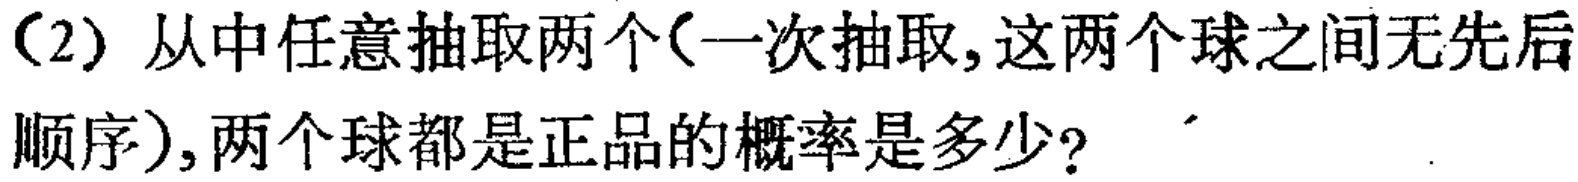
（2）从中任意抽取两个（一次抽取,这两个球之间无先后顺序）,两个球都是正品的概率是多少?